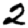
Digit: 2